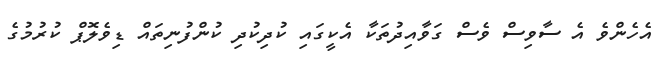
އެހެންވެ އެ ސާވިސް ވެސް ގަވާއިދުތަކާ އެކީގައި ކުދިކުދި ކުންފުނިތައް ޑިވެލޮޕް ކުރުމުގެ